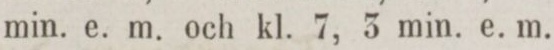
min. e. m. och kl. 7, 3 min. e. m.